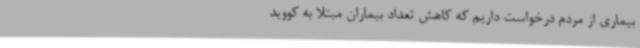
بیماری از مردم درخواست داریم که کاهش تعداد بیماران مبتلا به کووید